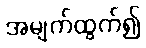
အမျက်ထွက်၍